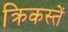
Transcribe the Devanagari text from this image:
क्रिकस्तें